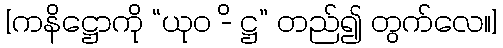
[ကနိဋ္ဌောကို “ယုဝ -ိ ဋ္ဌ” တည်၍ တွက်လေ။]